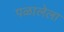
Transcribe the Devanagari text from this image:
पळालेला